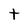
Character: t